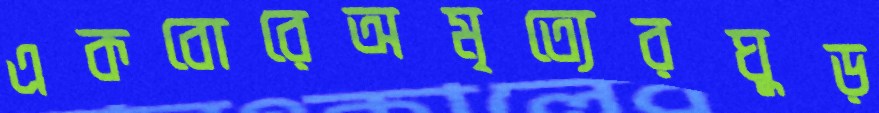
একবোরেঅমৃত্যেরঘুড়